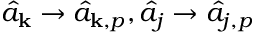
\hat { a } _ { { \bf k } } \rightarrow \hat { a } _ { { \bf k } , p } , \hat { a } _ { j } \rightarrow \hat { a } _ { j , p }